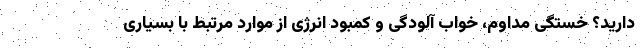
دارید؟ خستگی مداوم، خواب آلودگی و کمبود انرژی از موارد مرتبط با بسیاری